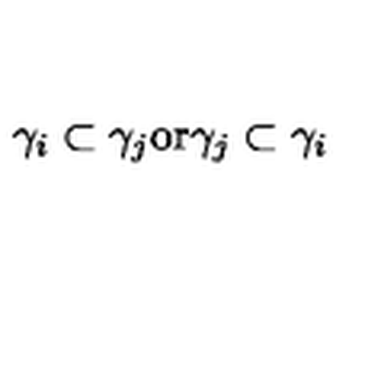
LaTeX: \gamma _ { i } \subset \gamma _ { j } \mathrm { o r } \gamma _ { j } \subset \gamma _ { i }